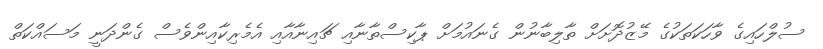
ސުލްހައިގެ ވާހަކަތަކުގެ މޭޒުދޮށަށް ތާލިބާނުން ގެނައުމަށް ޕާކިސްތާނާއި ޗައިނާއާއި އެމެރިކާއިންވެސް ގެންދަނީ މަސައްކަތް